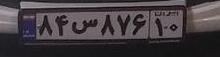
۸۴س۸۷۶۱۰